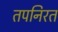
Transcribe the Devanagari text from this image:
तपनिरत